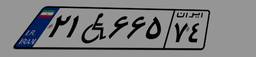
۱۳W۴۹۷۴۱